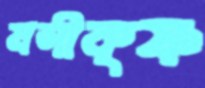
মসীকৃষ্ণ